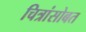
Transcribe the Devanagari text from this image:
चित्रांसोबत